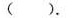
().